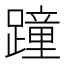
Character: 蹱